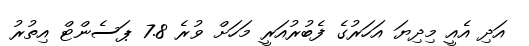
އަދި އެއީ މިދިޔަ އަހަރުގެ ފެބުރުއަރީ މަހަށް ވުރެ 7.8 ޕަސެންޓް އިތުރު